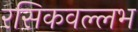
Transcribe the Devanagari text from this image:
रसिकवल्लभ